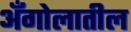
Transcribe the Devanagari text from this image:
अँगोलातील